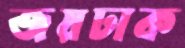
জয়ঢাক